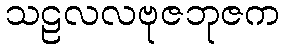
သဠလလဗုဇဘုဇက